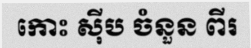
កោះ ស៊ីប ចំនួន ពីរ